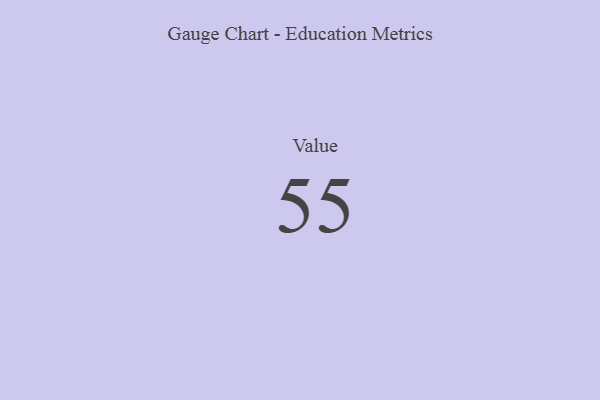
{"axis": {"x": "Metric", "y": "Value"}, "legend": [""], "data": [{"x": "Value", "y": 55, "type": ""}]}